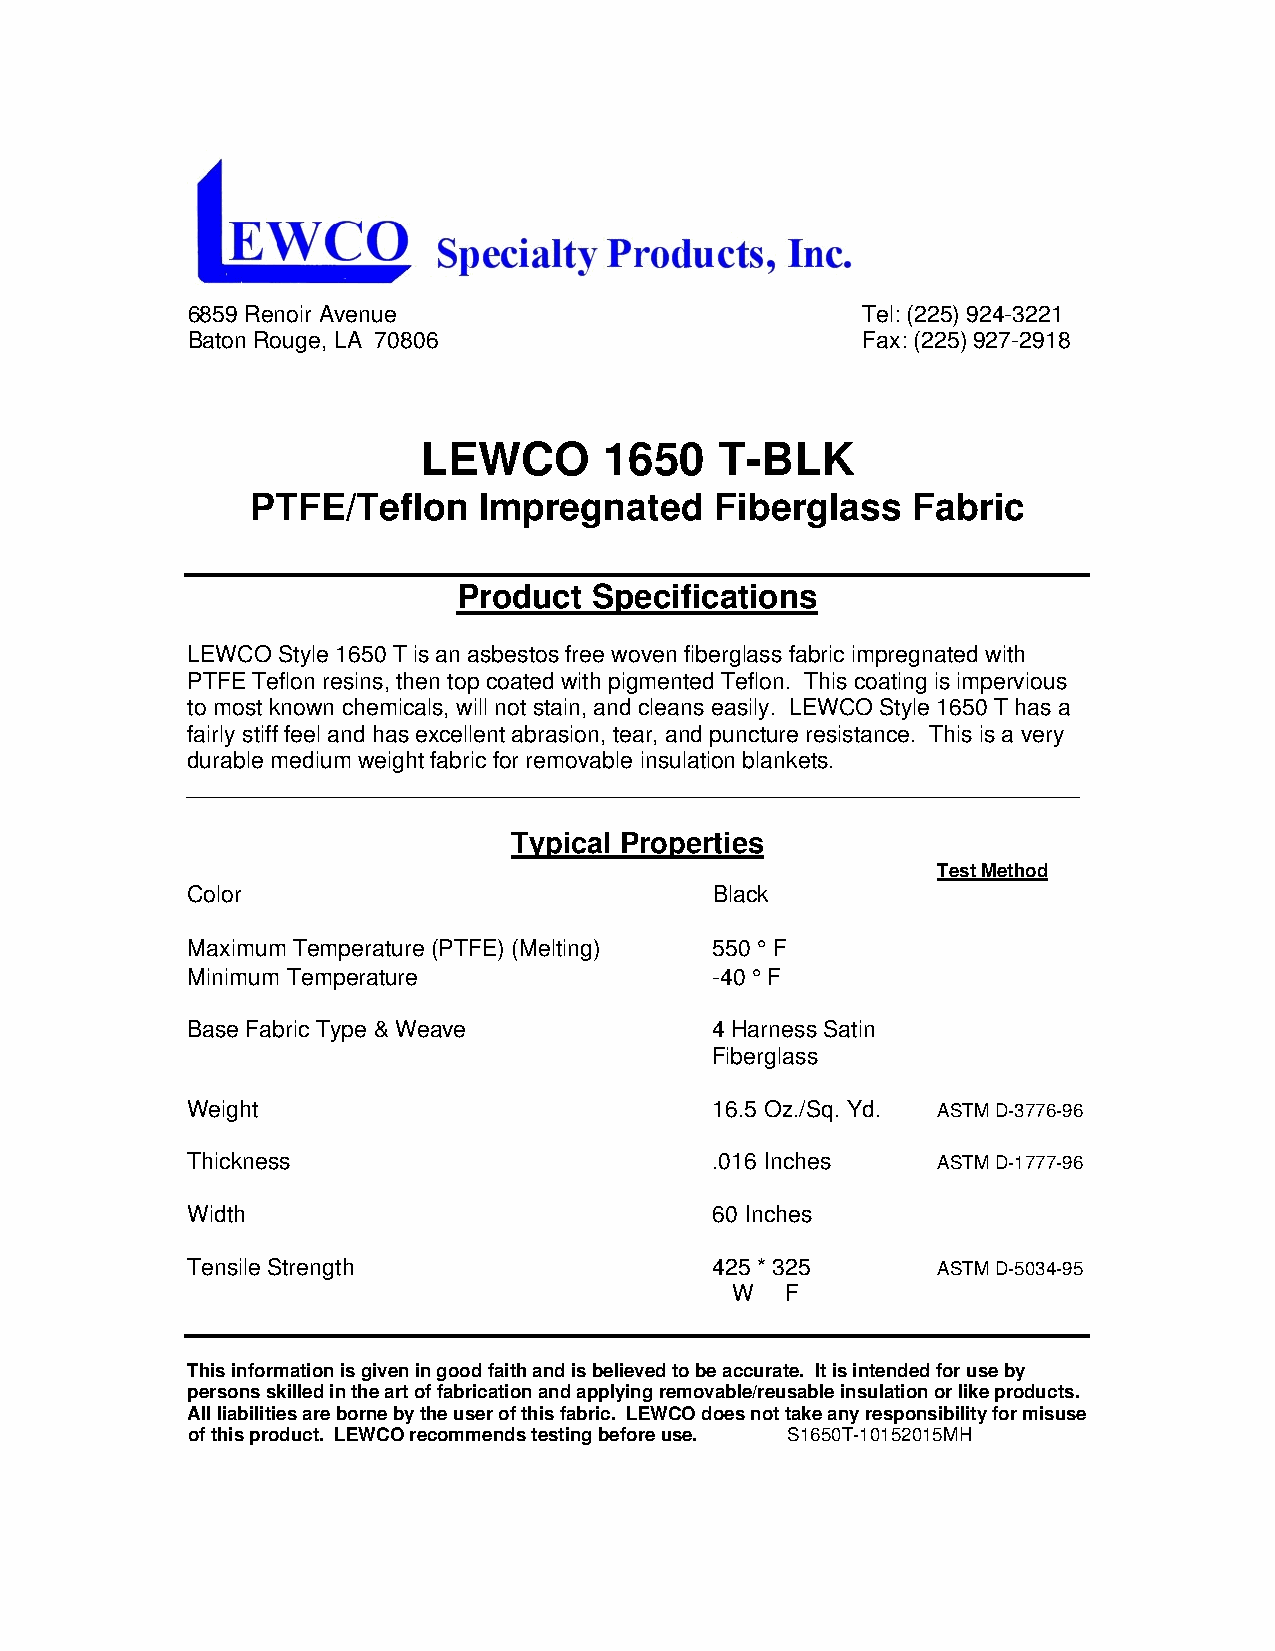
6859 Renoir Avenue                           Tel: (225) 924-3221
 Baton Rouge, LA 70806                        Fax: (225) 927-2918
 LEWCO       1650    T-BLK
 PTFE/Teflon    Impregnated    Fiberglass   Fabric
 Product  Specifications
 LEWCO Style 1650 T is an asbestos free woven fiberglass fabric impregnated with
 PTFE Teflon resins, then top coated with pigmented Teflon. This coating is impervious
 to most known chemicals, will not stain, and cleans easily. LEWCO Style 1650 T has a
 fairly stiff feel and has excellent abrasion, tear, and puncture resistance. This is a very
 durable medium weight fabric for removable insulation blankets.
 ______________________________________________________________________
 Typical Properties
 Test Method
 Color                              Black
 Maximum Temperature (PTFE) (Melting) 550 ° F
 Minimum Temperature                -40 ° F
 Base Fabric Type & Weave           4 Harness Satin
 Fiberglass
 Weight                             16.5 Oz./Sq. Yd. ASTM D-3776-96
 Thickness                          .016 Inches    ASTM D-1777-96
 Width                              60 Inches
 Tensile Strength                   425 * 325      ASTM D-5034-95
 W   F
 This information is given in good faith and is believed to be accurate. It is intended for use by
 persons skilled in the art of fabrication and applying removable/reusable insulation or like products.
 All liabilities are borne by the user of this fabric. LEWCO does not take any responsibility for misuse
 of this product. LEWCO recommends testing before use. S1650T-10152015MH